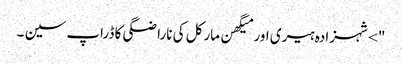
"> شہزادہ ہیری اور میگھن مارکل کی ناراضگی کا ڈراپ سین ۔